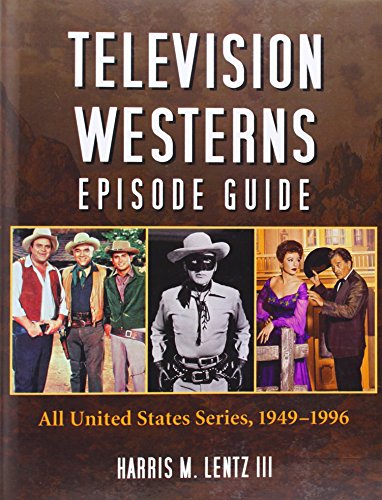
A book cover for Television Westerns Episode Guide: All United States Series, 1949-1996; Harris M. Lentz III; Humor & Entertainment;